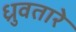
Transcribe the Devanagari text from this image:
ध्रुवतारे